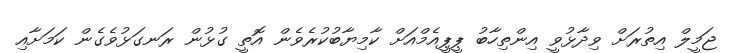
ޖަމީލް އިތުރަށް ވިދާޅުވީ އިންތިހާބު ޕީޕީއެމްއަށް ކާމިޔާބުކުރެވެން އޮތީ ގުޅުން ރަނގަޅުވެގެން ކަމަށާއި